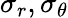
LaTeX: \sigma_{r},\sigma_{\theta}